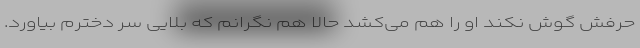
حرفش گوش نکند او را هم می‌کشد حالا هم نگرانم که بلایی سر دخترم بیاورد.